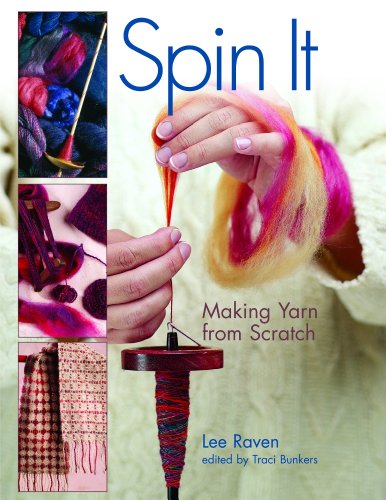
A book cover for Spin It: Making Yarn from Scratch; Lee Raven; Crafts, Hobbies & Home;